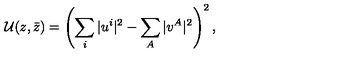
{ \cal U } ( z , \bar { z } ) = \left( \sum _ { i } \vert u ^ { i } \vert ^ { 2 } - \sum _ { A } \vert v ^ { A } \vert ^ { 2 } \right) ^ { 2 } ,